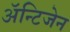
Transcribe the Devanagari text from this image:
ॲन्टिजेन